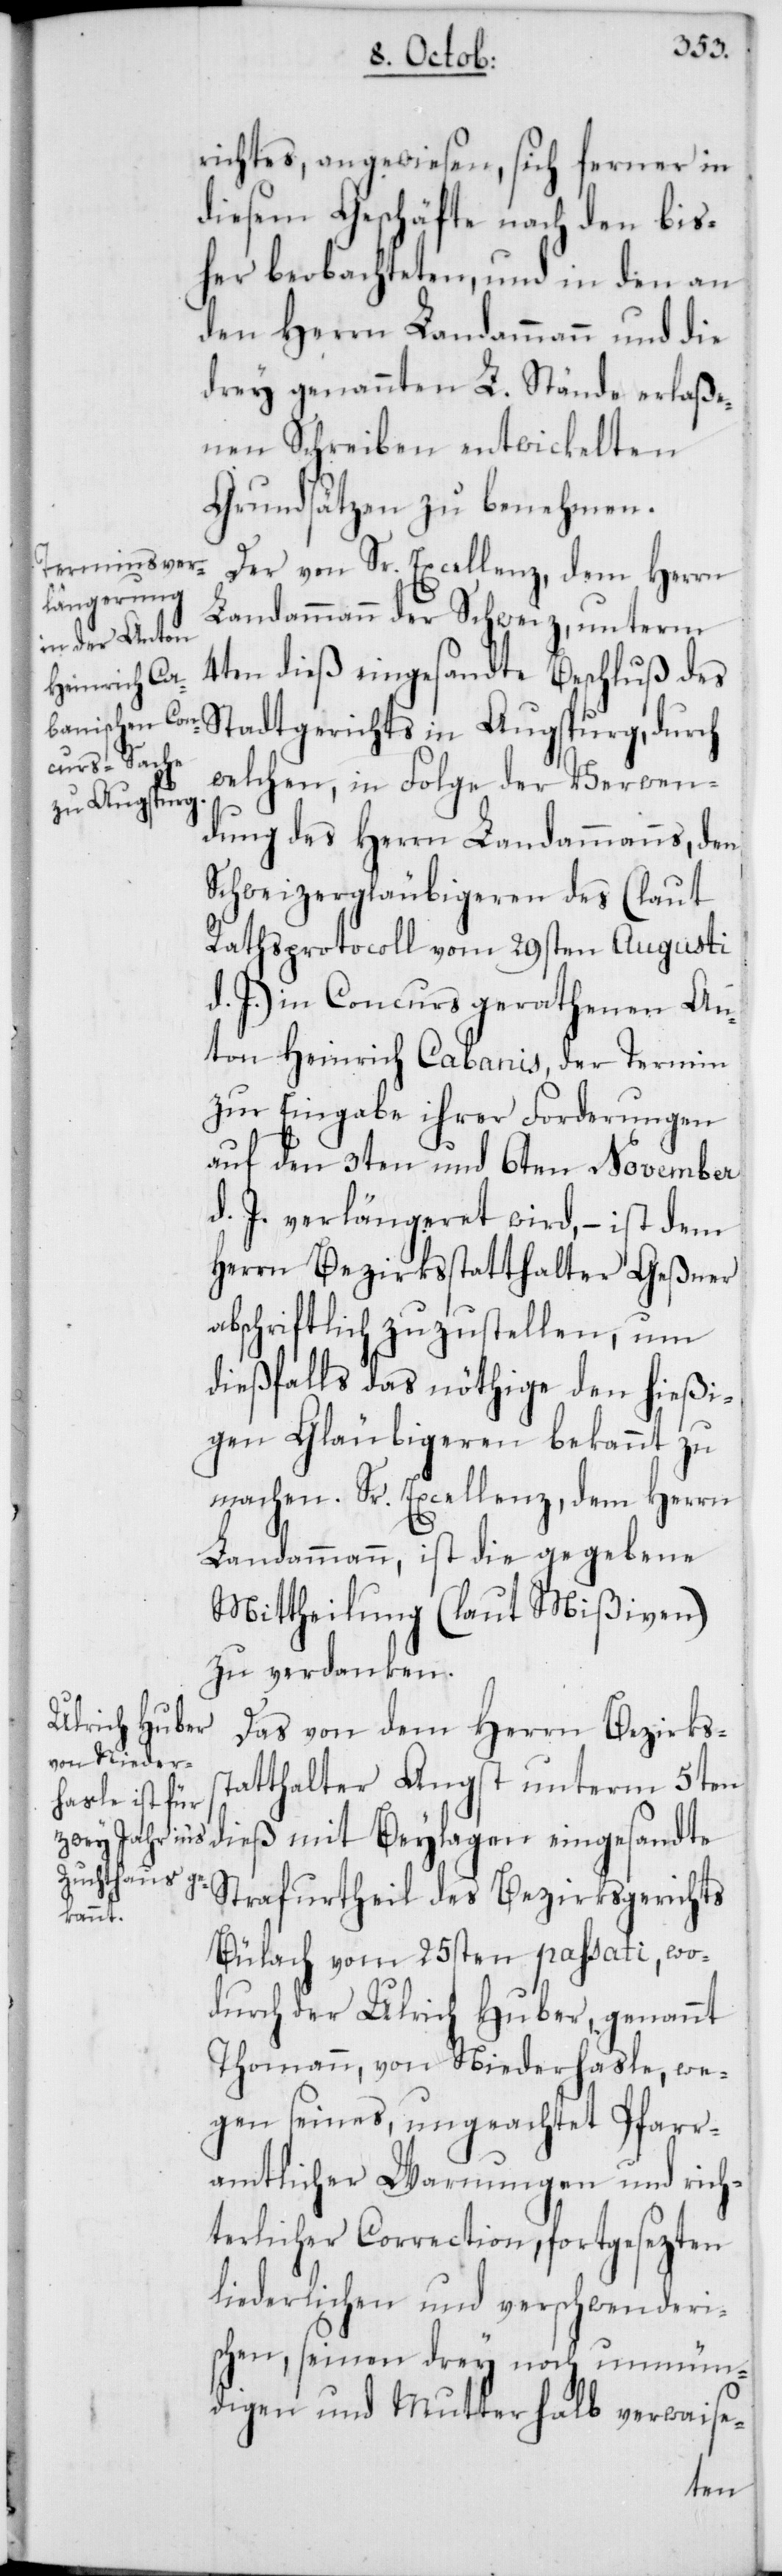
richtes, angewiesen, sich ferner in
diesem Geschäfte nach den bis¬
her beobachteten, und in den an
den Herrn Landammann und die
drey genannten L. Stände erlaße¬
nen Schreiben entwickelten
Grundsätzen zu benehmen.
Der von Sr. Excellenz, dem Herrn
Landammann der Schweiz, unterm
4ten dieß eingesandte Beschluß des
welchen, in Folge der Verwen¬
in Augsburg,
dung des Herrn Landammanns, den
Schweizergläubigeren des (laut
Rathsprotocoll vom 29sten Augusti
d. J.) in Concurs gerathenen An¬
ton Heinrich Cabanis, der Termin
zur Eingabe ihrer Forderungen
auf den 3ten und 6ten November
d. J. verlängeret wird, – ist dem
Herrn Bezirksstatthalter Geßner
abschriftlich zuzustellen, um
dießfalls das nötige den hießi¬
gen Gläubigeren bekannt zu
machen. Sr. Excellenz, dem Herrn
Landammann ist die gegebene
Mittheilung (laut Mißiven)
zu verdanken.
Das von dem Herrn Bezirkss¬
tatthalter Angst unterm 5ten
dieß mit Beylagen eingesandte
Strafurtheil des Bezirksgerichts
Bülach vom 25sten passati, wo¬
durch der Ulrich Huber, genannt
Thomann, von Niederhasle, we¬
gen seines, ungeachtet Pfarr¬
amtlicher Warnungen und rich¬
terlicher Correction, fortgesezten
liederlichen und verschwenderi¬
schen, seinen drey noch unmün¬
digen und Mutterhalb verwaise-